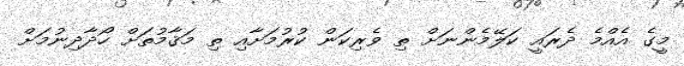
މީގެ އެއްމެ ދެރައީ ކަލޭމެންނަށް ތި ވެރިކަން ކުރުމަށާއި ތި މަަޤާމުތަށް ހޯދާދިނުމަށް